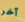
آخر